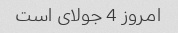
امروز 4 جولای است